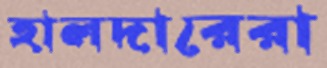
হালদারেরা